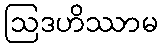
ဩဒဟိဿာမ